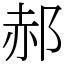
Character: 郝